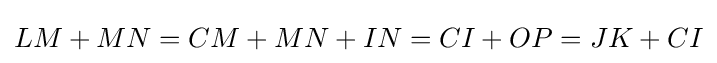
LM+MN=CM+MN+IN=CI+OP=JK+CI